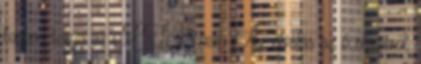
fontos tagja az MTK-nak. Az elválás az ő részéről,